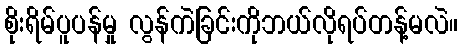
စိုးရိမ်ပူပန်မှု လွန်ကဲခြင်းကိုဘယ်လိုရပ်တန့်မလဲ။